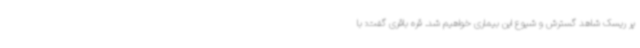
پر ریسک شاهد گسترش و شیوع این بیماری خواهیم شد. قره باقری گفت: با